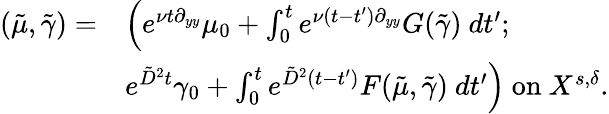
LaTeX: \begin{array}{rl}{(\tilde{\mu},\tilde{\gamma})=}&{\left(e^{\nu t\partial_{yy}}\mu_{0}+\int_{0}^{t}e^{\nu(t-t^{\prime})\partial_{yy}}G(\tilde{\gamma})\ dt^{\prime};\right.}\\ &{\left.e^{\tilde{D}^{2}t}\gamma_{0}+\int_{0}^{t}e^{\tilde{D}^{2}(t-t^{\prime})}F(\tilde{\mu},\tilde{\gamma})\ dt^{\prime}\right)\mathrm{~on~}{X^{s,\delta}}.}\end{array}